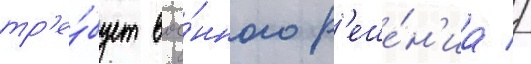
тр'е́бует вое́нного р'еше́н'иа //